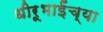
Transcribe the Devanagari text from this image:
धीरूभाईंच्या